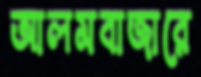
আলমবাজারে